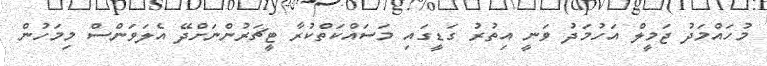
މުހައްމަދު ޖަމީލް އަހުމަދު ވަނީ އިތުރު ގަޑީގައި މަސައްކަތްކުރާ ޓީޗަރުންނަށްދޭ އެލަވަންސް މިމަހުން